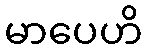
မာပေဟိ